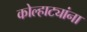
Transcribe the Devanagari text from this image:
कोल्हाट्यांना